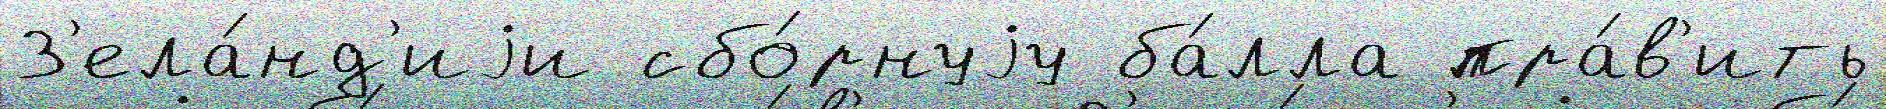
З'ела́нд'иjи сбо́рнуjу ба́лла пра́в'ить